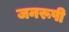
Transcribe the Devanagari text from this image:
जनरूपी